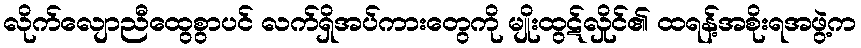
လိုက်လျောညီထွေစွာပင် လက်ရှိအပ်ကားတွေကို မျိုးထွဋ်လှိုင်၏ ထရန့်အစိုးရအဖွဲ့က